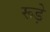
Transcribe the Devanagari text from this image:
रूड़े